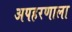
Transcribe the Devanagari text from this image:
अपहरणाला